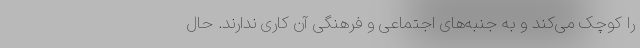
را کوچک می‌کند و به جنبه‌های اجتماعی و فرهنگی آن کاری ندارند. حال